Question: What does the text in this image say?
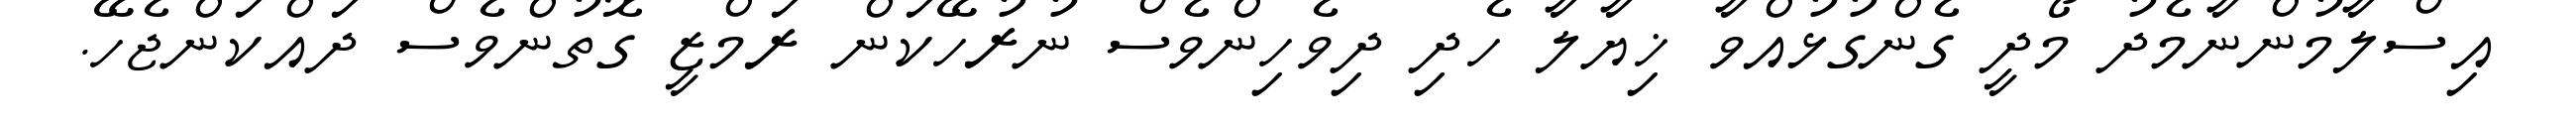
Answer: އިސްލާމުންނާމެދު މޯދީ ގެންގުޅުއްވާ ޚިޔާލާ ހެދި ދިވެހިންވެސް ނުރުހޭކަން ރަމްޒީ ގޮތުންވެސް ދައްކަންޖެހޭ.